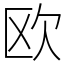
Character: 欧